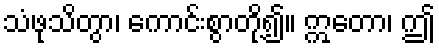
သံဖုသိတွာ၊ ကောင်းစွာတို့၍။ ဣတော၊ ဤ